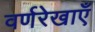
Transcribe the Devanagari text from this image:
वर्णरेखाएँ